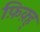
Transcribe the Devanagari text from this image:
फ़िक़्ह्